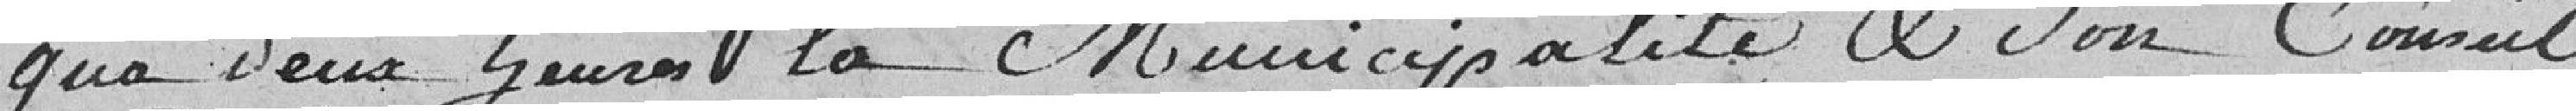
Qu'à deux heures la Municipalité et son Conseil